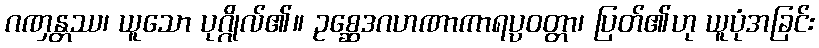
ဂဏှန္တဿ၊ ယူသော ပုဂ္ဂိုလ်၏။ ဥစ္ဆေဒဂဟဏာကာရပ္ပဝတ္တာ၊ ပြတ်၏ဟု ယူပုံအခြင်း